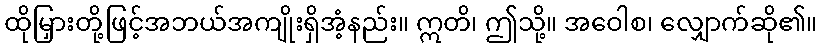
ထိုမြှားတို့ဖြင့်အဘယ်အကျိုးရှိအံ့နည်း။ ဣတိ၊ ဤသို့။ အဝေါစ၊ လျှောက်ဆို၏။